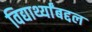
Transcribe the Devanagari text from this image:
विद्यार्थ्यांबद्दल